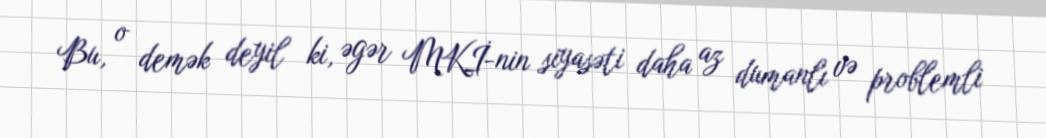
Bu, o demək deyil ki, əgər MKİ-nin siyasəti daha az dumanlı və problemli